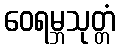
ဝေရမ္ဘသုတ္တံ